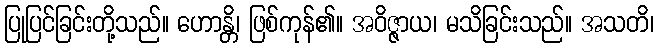
ပြုပြင်ခြင်းတို့သည်။ ဟောန္တိ၊ ဖြစ်ကုန်၏။ အဝိဇ္ဇာယ၊ မသိခြင်းသည်။ အသတိ၊